Indian journal of veterinary science and animal husbandry - Volumes 22-23, 1952-1953
Year: 1952
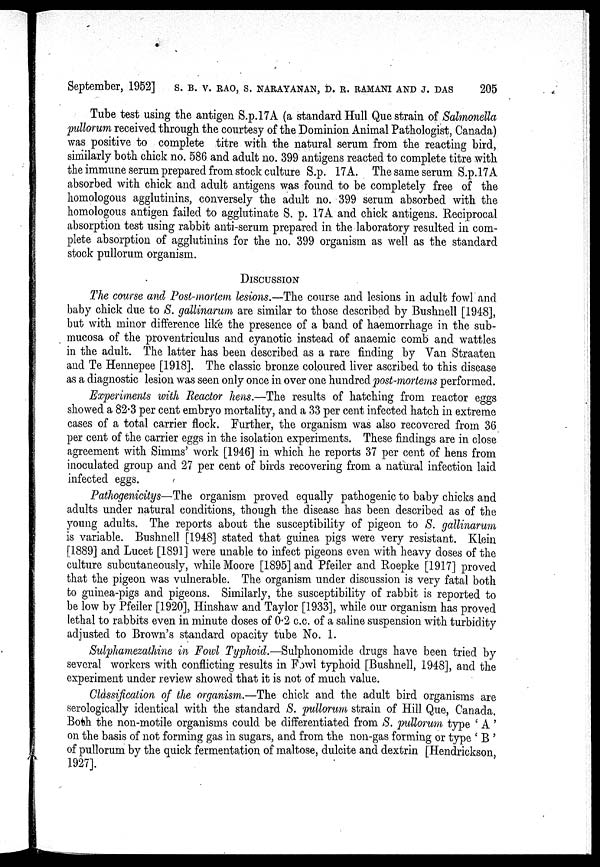
September, 1952] S. B. V. RAO, S. NARAYANAN, D. R. RAMANI AND J. DAS
205
Tube test using the antigen S.p.l7A (a standard Hull Que strain of Salmonella
pullorum received through the courtesy of the Dominion Animal Pathologist, Canada)
was positive to complete titre with the natural serum from the reacting bird,
similarly both chick no. 586 and adult no. 399 antigens reacted to complete titre with
the immune serum prepared from stock culture S.p. 17A. The same serum S.p.l7A
absorbed with chick and adult antigens was found to be completely free of the
homologous agglutinins, conversely the adult no. 399 serum absorbed with the
homologous antigen failed to agglutinate S. p. 17A and chick antigens. Reciprocal
absorption test using rabbit anti-serum prepared in the laboratory resulted in com-
plete absorption of agglutinins for the no. 399 organism as well as the standard
stock pullorum organism.
DISCUSSION
The course and Post-mortem lesions.—The course and lesions in adult fowl and
baby chick due to S. gallinarum are similar to those described by Bushnell [1948],
but with minor difference like the presence of a band of haemorrhage in the sub-
mucosa of the proventriculus and cyanotic instead of anaemic comb and wattles
in the adult. The latter has been described as a rare finding by Van Straaten
and Te Hennepee [1918]. The classic bronze coloured liver ascribed to this disease
as a diagnostic lesion was seen only once in over one hundred post-mortems performed.
Experiments with Reactor hens.—The results of hatching from reactor eggs
showed a 82.3 per cent embryo mortality, and a 33 per cent infected hatch in extreme
cases of a total carrier flock. Further, the organism was also recovered from 36
per cent of the carrier eggs in the isolation experiments. These findings are in close
agreement with Simms' work [1946] in which he reports 37 per cent of hens from
inoculated group and 27 per cent of birds recovering from a natural infection laid
infected eggs.
Pathogenicitys—The organism proved equally pathogenic to baby chicks and
adults under natural conditions, though the disease has been described as of the
young adults. The reports about the susceptibility of pigeon to S. gallinarum
is variable. Bushnell [1948] stated that guinea pigs were very resistant. Klein
[1889] and Lucet [1891] were unable to infect pigeons even with heavy doses of the
culture subcutaneously, while Moore [1895] and Pfeiler and Roepke [1917] proved
that the pigeon was vulnerable. The organism under discussion is very fatal both
to guinea-pigs and pigeons. Similarly, the susceptibility of rabbit is reported to
be low by Pfeiler [1920], Hinshaw and Taylor [1933], while our organism has proved
lethal to rabbits even in minute doses of 0.2 c.c. of a saline suspension with turbidity
adjusted to Brown's standard opacity tube No. 1.
Sulphamezathine in Fowl Typhoid.—Sulphonomide drugs have been tried by
several workers with conflicting results in Fowl typhoid [Bushnell, 1948], and the
experiment under review showed that it is not of much value.
Classification of the organism.—The chick and the adult bird organisms are
serologically identical with the standard S. pullorum strain of Hill Que, Canada,
Both the non-motile organisms could be differentiated from S. pullorum type 'A'
on the basis of not forming gas in sugars, and from the non-gas forming or type 'B'
of pullorum by the quick fermentation of maltose, dulcite and dextrin [Hendrickson,
1927].